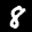
Label: 8